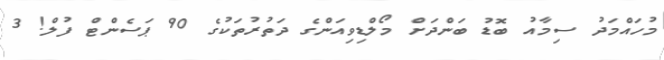
މުހައްމަދު ސިމާއު ބޮޑު ބަންދަށް މޯލްޑިވިއަންގެ ދަތުރުތަކުގެ 90 ޕަސެންޓް ފުލް! 3